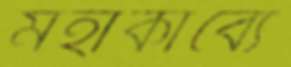
মহাকাব্যে